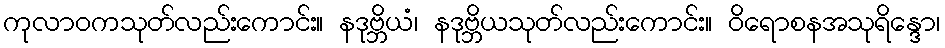
ကုလာဝကသုတ်လည်းကောင်း။ နဒုဗ္ဘိယံ၊ နဒုဗ္ဘိယသုတ်လည်းကောင်း။ ဝိရောစနအသုရိန္ဒော၊